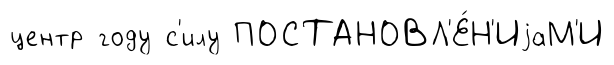
центр году с'илу ПОСТАНОВЛ'Е́Н'ИjаМ'И